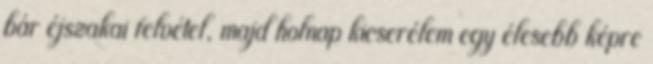
bár éjszakai felvétel, majd holnap kicserélem egy élesebb képre